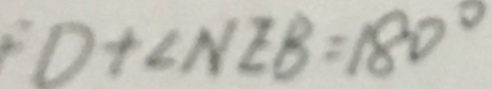
D + \angle N E B = 1 8 0 ^ { \circ }